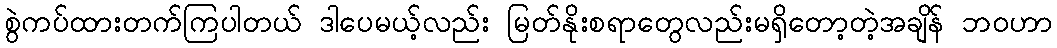
စွဲကပ်ထားတက်ကြပါတယ် ဒါပေမယ့်လည်း မြတ်နိုးစရာတွေလည်းမရှိတော့တဲ့အချိန် ဘ၀ဟာ